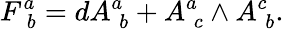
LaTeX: F_{\; b}^{a}=dA_{\; b}^{a}+A_{\; c}^{a}\wedge A_{\; b}^{c}.